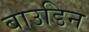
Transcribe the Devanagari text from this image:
बाउडिन